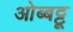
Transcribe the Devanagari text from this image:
ओब्बट्टू